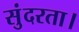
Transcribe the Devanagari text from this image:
सुंदरता।